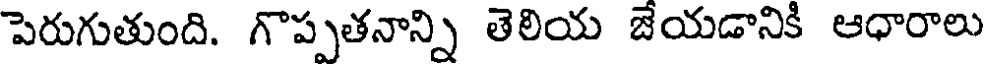
పెరుగుతుంది. గొప్పతనాన్ని తెలియ జేయడానికి ఆధారాలు